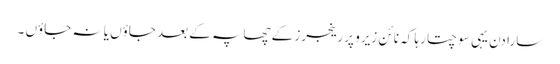
سارا دن یہی سوچتا رہا کہ نائن زیرو پر رینجرز کے چھاپہ کے بعد جاؤں یا نہ جاؤں ۔